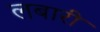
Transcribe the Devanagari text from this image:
लबारी